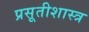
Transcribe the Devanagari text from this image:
प्रसूतीशास्त्र